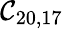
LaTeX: \mathcal{C}_{20,17}